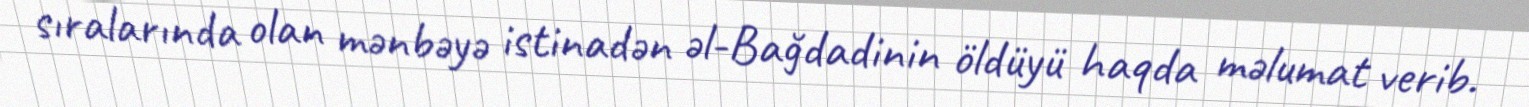
sıralarında olan mənbəyə istinadən əl-Bağdadinin öldüyü haqda məlumat verib.